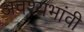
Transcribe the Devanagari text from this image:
अवश्यभांवी